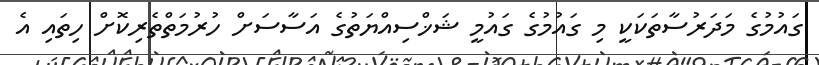
ގައުމުގެ މަދަރުސާތަކަކީ މި ގައުމުގެ ގައުމީ ޝަޚްސިއްޔަތުގެ އަސާސަށް ހުރުމަތްތެރިކޮށް ހިތައި އެ